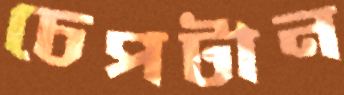
চেপটান